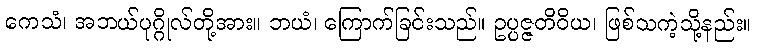
ကေသံ၊ အဘယ်ပုဂ္ဂိုလ်တို့အား။ ဘယံ၊ ကြောက်ခြင်းသည်။ ဥပ္ပဇ္ဇတိဝိယ၊ ဖြစ်သကဲ့သို့နည်း။